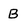
Character: B